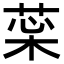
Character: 𦲜